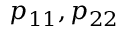
p _ { 1 1 } , p _ { 2 2 }